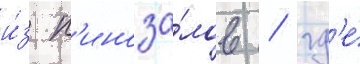
и́з к'иноза́лов / гд'е́